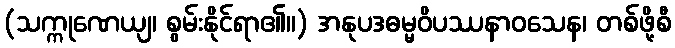
(သက္ကုဏေယျ၊ စွမ်းနိုင်ရာ၏။) အနုပဒဓမ္မဝိပဿနာဝသေန၊ တစ်ဖို့စီ